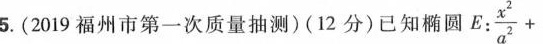
5.(2019福州市第一次质量抽测)(12分)已知椭圆 $$E: \frac {x^{2} } {a^{2} }